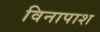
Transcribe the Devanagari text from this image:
विनापाश